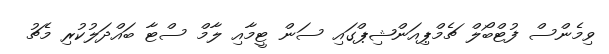
ވިމެންސް ފުޓްބޯލް ޗެމްޕިއަންޝިޕްގައި ސަން ޓީމާއި ލާމް ސްޓާ ބައްދަލުކުރި މެޗު